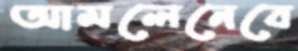
আমলেনেবে